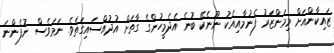
ޒައިކާންއަށް މިމަންޒަރު ފެނުމާއިއެކު ނޫނެކޭ ބުނެ އެދެމީހުންގެ ގާތަށް އުދުއްސައިގަތެވެ. ނަމަވެސް ނުފެންނަ